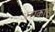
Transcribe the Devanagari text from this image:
अराकाहू